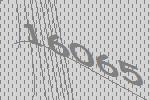
16065